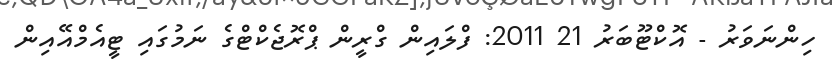
ހިންނަވަރު - އޮކްޓޫބަރު 21 2011: ފްލައިން ގްރީން ޕްރޮޖެކްޓްގެ ނަމުގައި ޓީއެމްއޭއިން